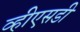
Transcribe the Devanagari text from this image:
व्हीएसडी